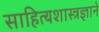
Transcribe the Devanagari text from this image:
साहित्यशास्त्रज्ञाने